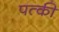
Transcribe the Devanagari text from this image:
पत्‍की